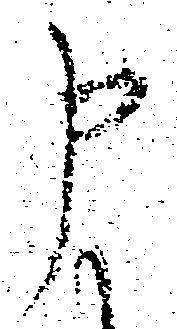
申